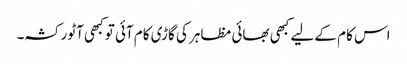
اس کام کے لیے کبھی بھائی مظاہر کی گاڑی کام آئی تو کبھی آٹو رکشہ۔